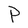
Character: p